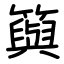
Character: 籅